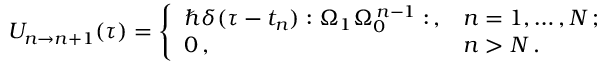
U _ { n \to n + 1 } ( \tau ) = \Bigg \{ \begin{array} { l l } { \hbar \delta ( \tau - t _ { n } ) : \Omega _ { 1 } \Omega _ { 0 } ^ { \, n - 1 } : \, , } & { n = 1 , \dots , N \, ; } \\ { 0 \, , } & { n > N \, . } \end{array}